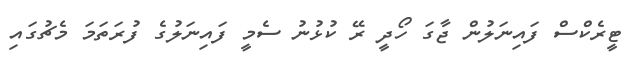
ޓީރެކްސް ފައިނަލުން ޖާގަ ހޯދީ ރޭ ކުޅުނު ސެމީ ފައިނަލުގެ ފުރަތަމަ މެޗުގައި